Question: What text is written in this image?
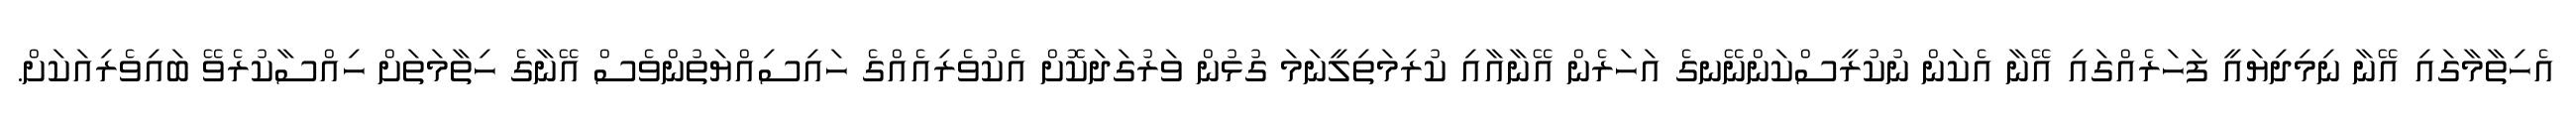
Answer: އެހިތާމާގައި އޭނާ ނިމިދިޔައީ ފަހަރެއްގައި އޭނާ އެކަން ނުކުރީސްކަންނޭނގެ އަހަރެން އޭނާއާއި ކުރިމަތިލީނަމަ ގުޅުން ވަރުގަދަކޮށް އެކުވެރިއެއްގެ ހައިސިއްޔަތުންވެސް އޭނާގެ ހިތާމަތަށް ހިއްސާކުރެވޭ ބައިވެރިއަކަށް.